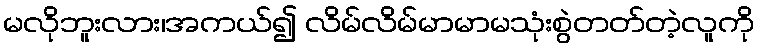
မလိုဘူးလား၊အကယ်၍ လိမ်လိမ်မာမာမသုံးစွဲတတ်တဲ့လူကို